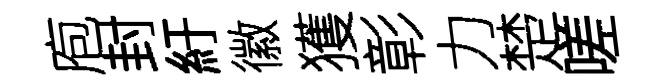
庖封紆徽獲彰力楚嗟